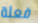
فعلة